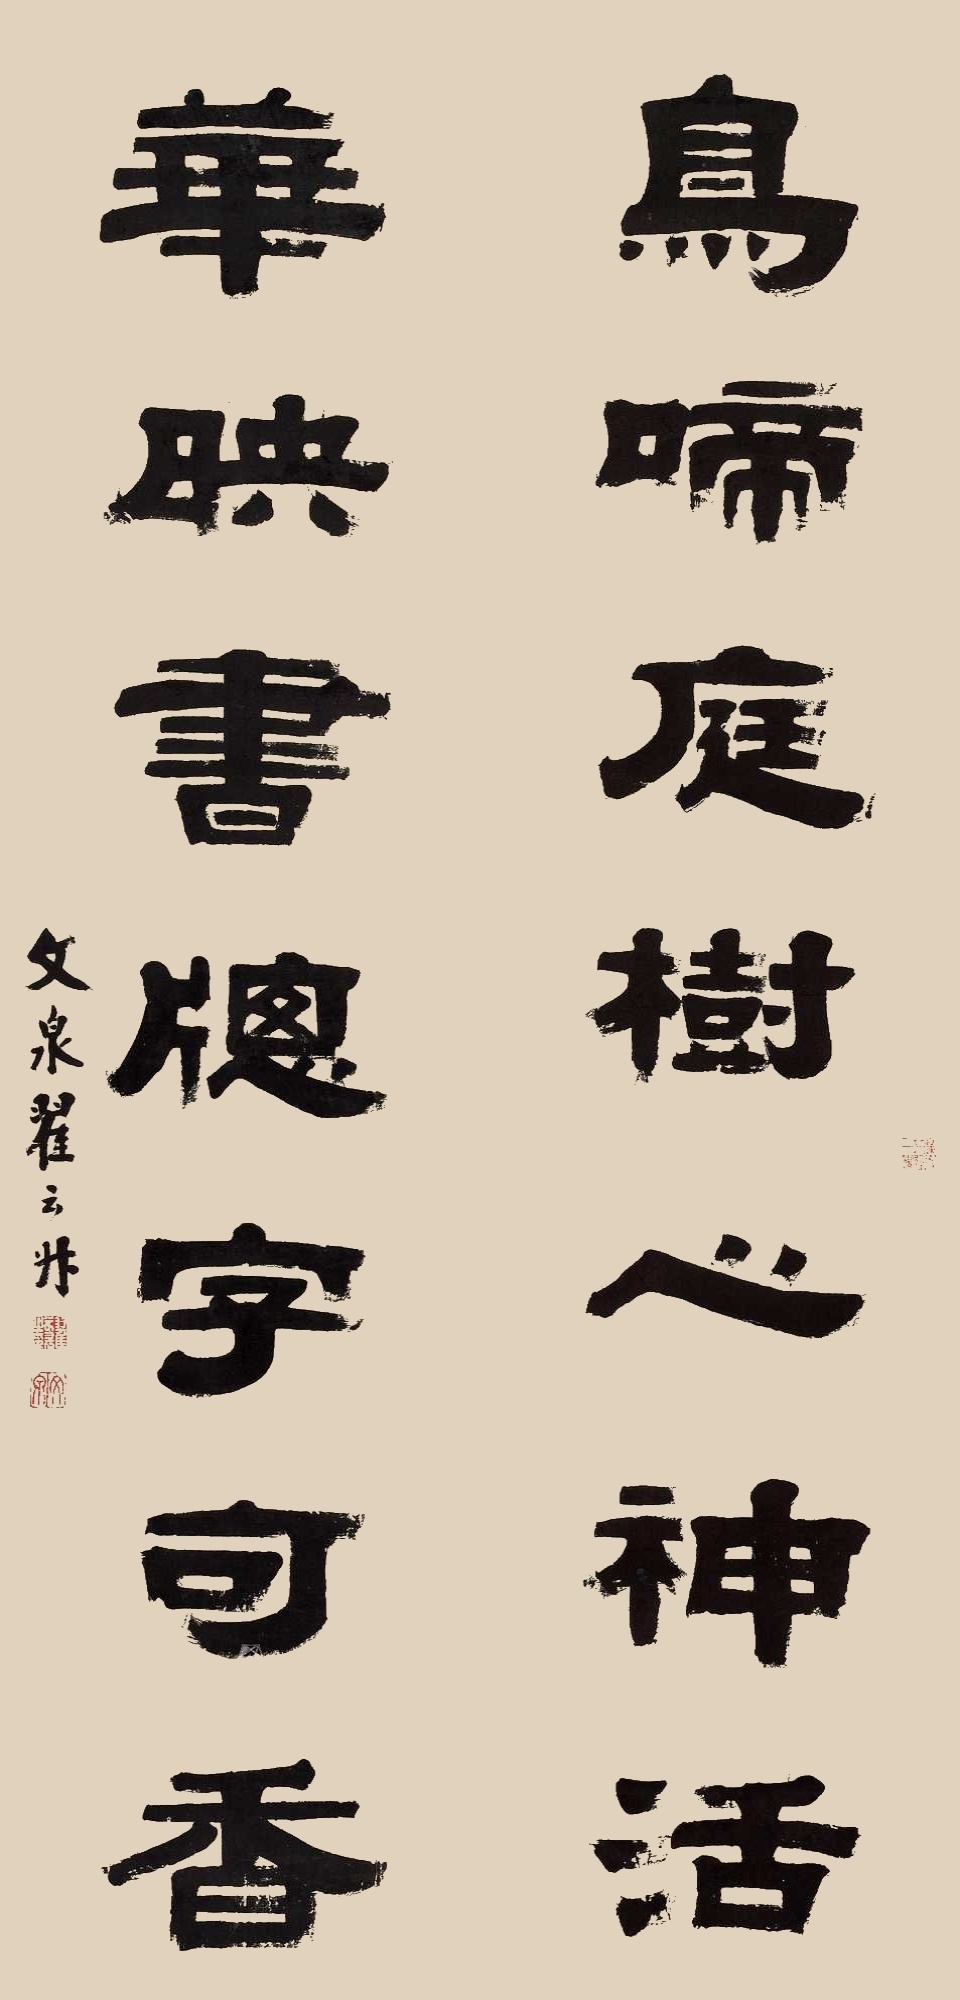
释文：鸟啼庭树心神活，华映书窗字句香。文泉翟云升。